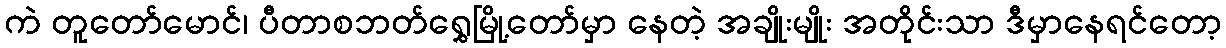
ကဲ တူတော်မောင်၊ ပီတာစဘတ်ရွှေမြို့တော်မှာ နေတဲ့ အချိုးမျိုး အတိုင်းသာ ဒီမှာနေရင်တော့